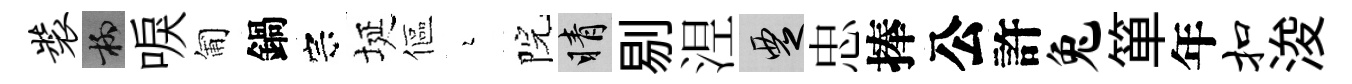
装柳唳匍鍋宗埏傴瑟院睛剔𣵀覂忠捧公許兔箪年扣浚